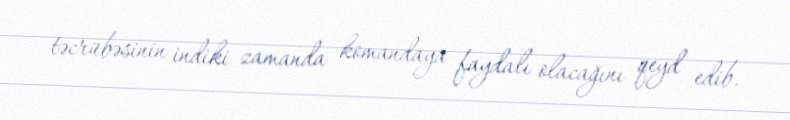
təcrübəsinin indiki zamanda komandaya faydalı olacağını qeyd edib.